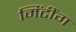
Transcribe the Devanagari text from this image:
मिंटींग